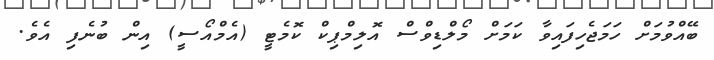
ބޭއްވުމަށް ހަމަޖެހިފައިވާ ކަމަށް މޯލްޑިވްސް އޮލިމްޕިކް ކޮމެޓީ (އެމްއޯސީ) އިން ބުނެފި އެވެ.